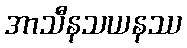
အာသီနသယနဿ